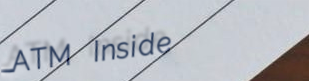
ATM Inside